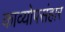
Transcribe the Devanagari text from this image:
काव्योपसंहार